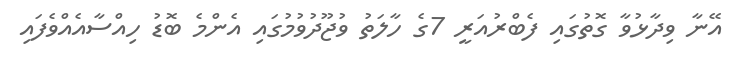
އޭނާ ވިދާޅުވާ ގޮތުގައި ފެބްރުއަރީ 7ގެ ހާލަތު ވުޖޫދުވުމުގައި އެންމެ ބޮޑު ހިއްސާއެއްވެފައި